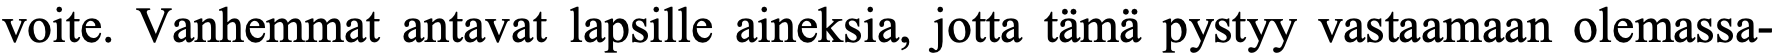
voite. Vanhemmat antavat lapsille aineksia, jotta tämä pystyy vastaamaan olemassa-